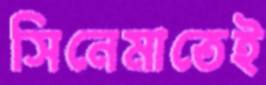
সিনেমাতেই